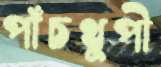
পাঁচথুপী